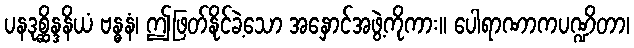
ပနဒုစ္ဆိန္ဒနိယံ ဗန္ဓနံ၊ ဤဖြတ်နိုင်ခဲ့သော အနှောင်အဖွဲ့ကိုကား။ ပေါရာဏာကပဏ္ဍိတာ၊